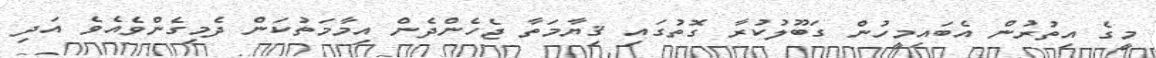
މީގެ އިތުރުން އެބައިމީހުން ގަބޫލުކުރާ ގޮތުގައި ޤިޔާމަތާ ޖެހެންދެން އިމާމަތުކަން ދެމިގެންވެއެވެ އަދި